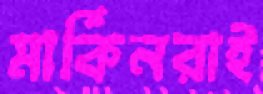
মার্কিনরাই